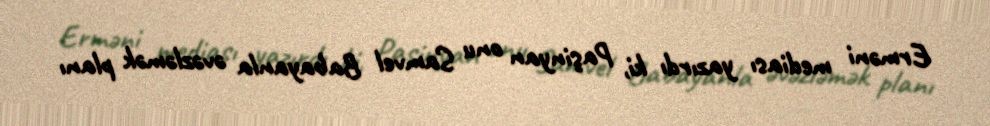
Erməni mediası yazırdı ki, Paşinyan onu Samvel Babayanla əvəzləmək planı